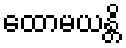
ထောမယန္တိ